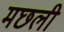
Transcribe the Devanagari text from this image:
मछली